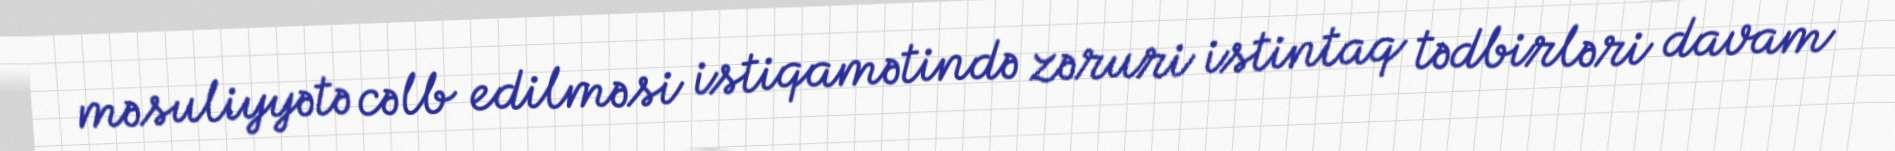
məsuliyyətə cəlb edilməsi istiqamətində zəruri istintaq tədbirləri davam